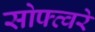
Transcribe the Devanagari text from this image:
सोफ्त्वरे